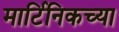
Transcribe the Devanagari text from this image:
मार्टिनिकच्या